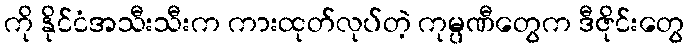
ကို နိုင်ငံအသီးသီးက ကားထုတ်လုပ်တဲ့ ကုမ္ပဏီတွေက ဒီဇိုင်းတွေ